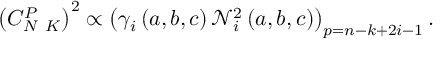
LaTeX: \left( C _ { N \ K } ^ { P } \right) ^ { 2 } \propto \left( \gamma _ { i } \left( a , b , c \right) \mathcal { N } _ { i } ^ { 2 } \left( a , b , c \right) \right) _ { p = n - k + 2 i - 1 } .